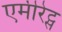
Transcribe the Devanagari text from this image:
एमीरेट्स